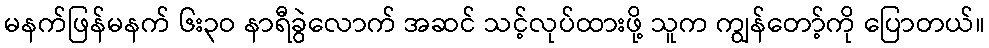
မနက်ဖြန်မနက် ၆း၃ဝ နာရီခွဲလောက် အဆင် သင့်လုပ်ထားဖို့ သူက ကျွန်တော့်ကို ပြောတယ်။